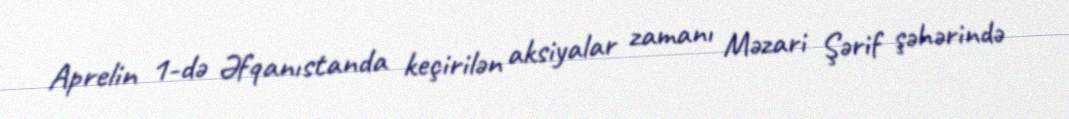
Aprelin 1-də Əfqanıstanda keçirilən aksiyalar zamanı Məzari Şərif şəhərində